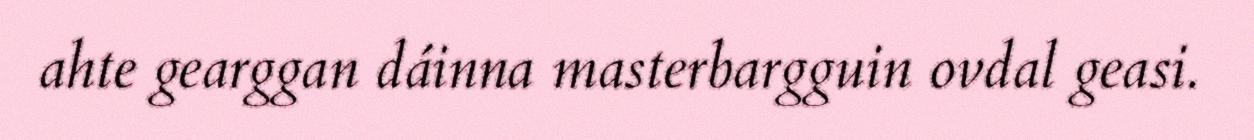
ahte gearggan dáinna masterbargguin ovdal geasi.